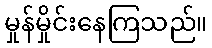
မှုန်မှိုင်းနေကြသည်။